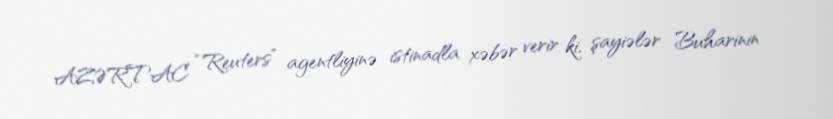
AZƏRTAC “Reuters” agentliyinə istinadla xəbər verir ki, şayiələr Buharinin